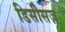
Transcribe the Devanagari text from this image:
डिसीसज़